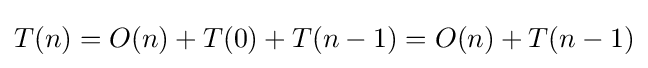
T(n)=O(n)+T(0)+T(n-1)=O(n)+T(n-1)